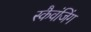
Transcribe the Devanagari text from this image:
स्कैवंजिंग